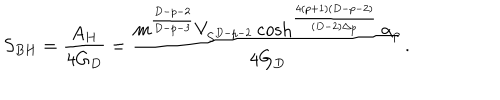
LaTeX: S _ { B H } = { \frac { A _ { H } } { 4 G _ { D } } } = { \frac { m ^ { \frac { D - p - 2 } { D - p - 3 } } V _ { S ^ { D - p - 2 } } \cosh ^ { \frac { 4 ( p + 1 ) ( D - p - 2 ) } { ( D - 2 ) \Delta _ { p } } } \alpha _ { p } } { 4 G _ { D } } } .